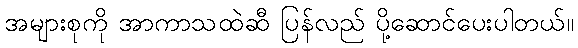
အများစုကို အာကာသထဲဆီ ပြန်လည် ပို့ဆောင်ပေးပါတယ်။